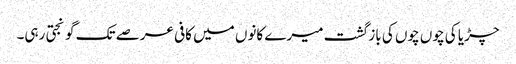
چڑیا کی چوں چوں کی باز گشت میرے کانوں میں کافی عرصے تک گونجتی رہی۔